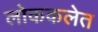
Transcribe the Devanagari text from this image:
लोककलेत